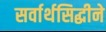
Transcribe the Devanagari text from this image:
सर्वार्थसिद्धीने